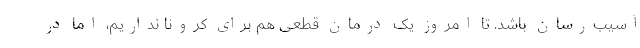
آسیب‌رسان باشد. تا امروز یک درمان قطعی هم برای کرونا نداریم، اما در